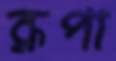
রূপা